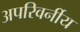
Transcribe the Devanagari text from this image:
अपरिवर्नीय